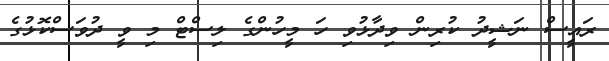
ރައީސް ނަޝީދު ކުރިން ވިދާޅުވި ހަ މީހުންގެ ލިސްޓް މި ވީ ދުވަސްކޮޅުގެ